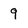
Character: 9